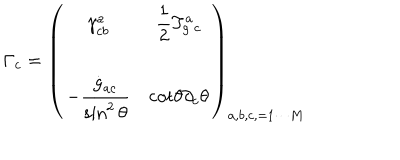
\Gamma _ { c } = \left( \begin{array} { c c c } { { \displaystyle { \gamma _ { c b } ^ { a } } } } & { { \displaystyle { { \frac { 1 } { 2 } T _ { g } ^ { a } { _ c } } } } } \\ { { \displaystyle { - \frac { { \dot { g } } _ { a c } } { \sin ^ { 2 } \theta } } } } & { { \displaystyle { \mathrm { c o t } \theta \partial _ { c } \theta } } } \\ \end{array} \right) _ { a , b , c , = 1 \cdots M }